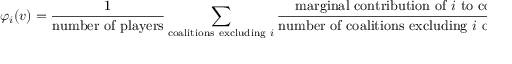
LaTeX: \varphi _ { i } ( v ) = { \frac { 1 } { \mathrm { n u m b e r ~ o f ~ p l a y e r s } } } \sum _ { { \mathrm { c o a l i t i o n s ~ e x c l u d i n g ~ } } i } { \frac { { \mathrm { m a r g i n a l ~ c o n t r i b u t i o n ~ o f ~ } } i { \mathrm { ~ t o ~ c o a l i t i o n } } } { { \mathrm { n u m b e r ~ o f ~ c o a l i t i o n s ~ e x c l u d i n g ~ } } i { \mathrm { ~ o f ~ t h i s ~ s i z e } } } }